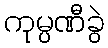
ကုမ္ပဏီခွဲ